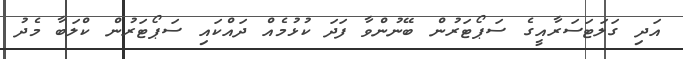
އަދި ގަލަޓަސަރާއީގެ ސަޕޯޓަރުން ބޭނުންވާ ފަދަ ކުޅުމެއް ދައްކައި ސަޕޯޓަރުން ކްލަބާ މެދު